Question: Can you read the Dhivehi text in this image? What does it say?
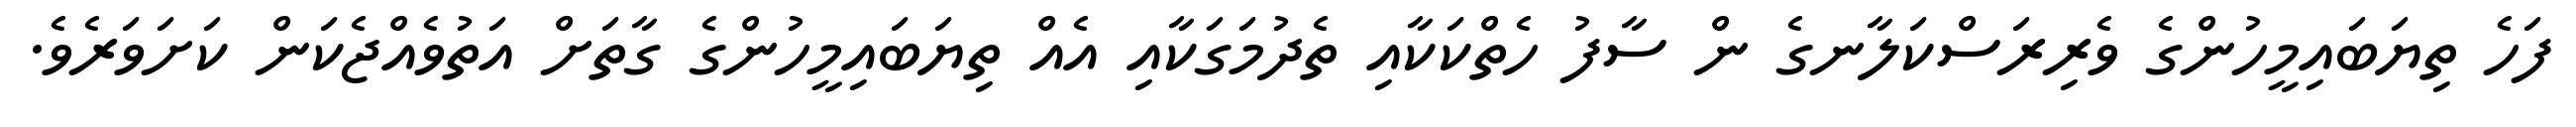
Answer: ފަހެ ތިޔަބައިމީހުންގެ ވެރިރަސްކަލާނގެ ން ސާފު ހެތްކަކާއި ތެދުމަގަކާއި އެއް ތިޔަބައިމީހުންގެ ގާތަށް އަތުވެއްޖެކަން ކަށަވަރެވެ.